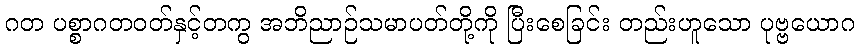
ဂတ ပစ္စာဂတဝတ်နှင့်တကွ အဘိညာဉ်သမာပတ်တို့ကို ပြီးစေခြင်း တည်းဟူသော ပုဗ္ဗယောဂ